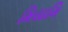
મિયામિ